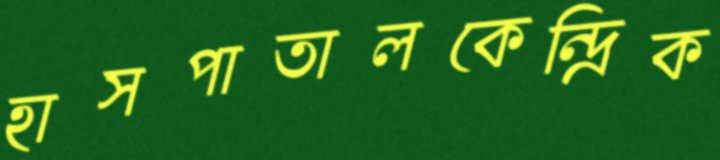
হাসপাতালকেন্দ্রিক